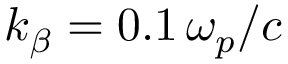
k _ { \beta } = 0 . 1 \, \omega _ { p } / c